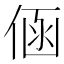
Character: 𮯾